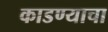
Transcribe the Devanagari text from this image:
काडण्याचा